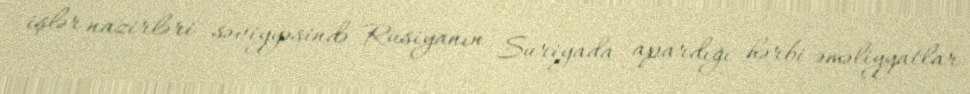
işlər nazirləri səviyyəsində Rusiyanın Suriyada apardığı hərbi əməliyyatlar